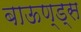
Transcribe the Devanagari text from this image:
बाऊण्ड्स